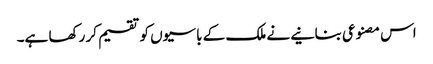
اس مصنوعی بنانیے نے ملک کے باسیوں کو تقسیم کر رکھا ہے۔